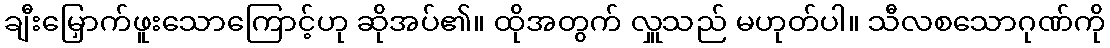
ချီးမြှောက်ဖူးသောကြောင့်ဟု ဆိုအပ်၏။ ထိုအတွက် လှူသည် မဟုတ်ပါ။ သီလစသောဂုဏ်ကို